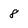
Character: 8